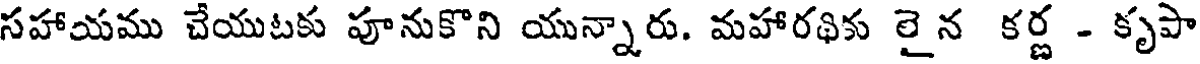
సహాయము చేయుటకు పూనుకొని యున్నారు. మహారథికు లైన కర్ణ - కృపా